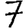
Digit: 7